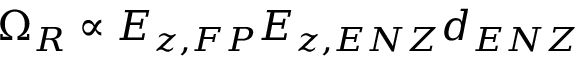
\Omega _ { R } \propto E _ { z , F P } E _ { z , E N Z } d _ { E N Z }